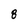
Character: 8